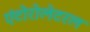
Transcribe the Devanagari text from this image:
एंटोरोलेटरल